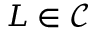
L \in { \mathcal { C } }